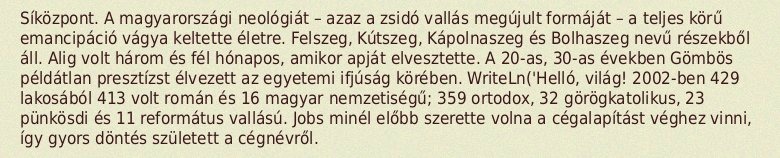
Síközpont. A magyarországi neológiát – azaz a zsidó vallás megújult formáját – a teljes körű emancipáció vágya keltette életre. Felszeg, Kútszeg, Kápolnaszeg és Bolhaszeg nevű részekből áll. Alig volt három és fél hónapos, amikor apját elvesztette. A 20-as, 30-as években Gömbös példátlan presztízst élvezett az egyetemi ifjúság körében. WriteLn('Helló, világ! 2002-ben 429 lakosából 413 volt román és 16 magyar nemzetiségű; 359 ortodox, 32 görögkatolikus, 23 pünkösdi és 11 református vallású. Jobs minél előbb szerette volna a cégalapítást véghez vinni, így gyors döntés született a cégnévről.